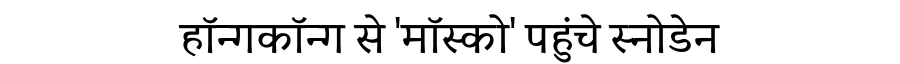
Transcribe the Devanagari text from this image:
हॉन्गकॉन्ग से 'मॉस्को' पहुंचे स्नोडेन